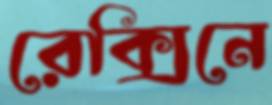
রেক্সিনে